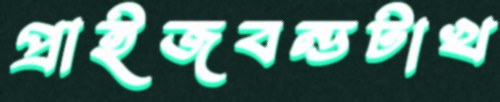
প্রাইজবন্ডটাখ